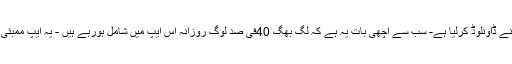
اتنے کم وقت میں اسے 25 ہزار سے بھی زیادہ لوگوں نے ڈاونلوڈ کرلیا ہے- سب سے اچھی بات یہ ہے کہ لگ بھگ 40فی صد لوگ روزانہ اس ایپ میں شامل ہورہے ہیں - یہ ایپ ممبئی، پونہ اوربنگلورکے سبھی علاقوں میں مدد کررہی ہے۔